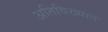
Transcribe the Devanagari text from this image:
अतिविख्यात